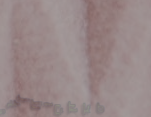
محلات الأزياء الشرقية الج